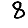
Digit: 8